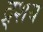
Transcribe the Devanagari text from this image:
द्र्शय